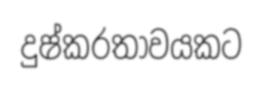
දුෂ්කරතාවයකට